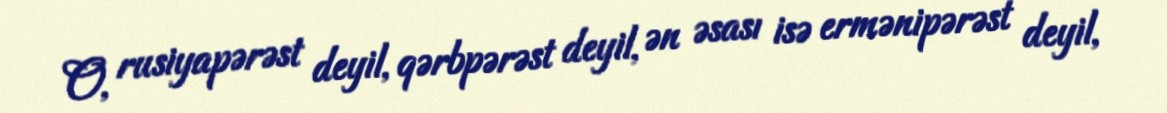
O, rusiyapərəst deyil, qərbpərəst deyil, ən əsası isə ermənipərəst deyil,